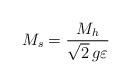
LaTeX: \begin{align*}M_s=\frac{M_h}{\sqrt{2}\, g\varepsilon}\end{align*}